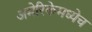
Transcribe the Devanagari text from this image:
अमेरिकेमध्येच